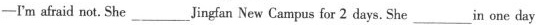
-I'mafraid not.She___Jingfan New Campus for 2 days. She___in one day.